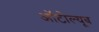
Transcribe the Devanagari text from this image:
ऑटोल्यूब